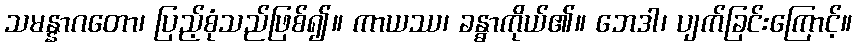
သမန္နာဂတော၊ ပြည့်စုံသည်ဖြစ်၍။ ကာယဿ၊ ခန္ဓာကိုယ်၏။ ဘေဒါ၊ ပျက်ခြင်းကြောင့်။